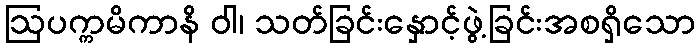
ဩပက္ကမိကာနိ ဝါ၊ သတ်ခြင်းနှောင့်ဖွဲ့ခြင်းအစရှိသော